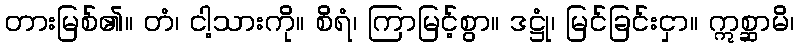
တားမြစ်၏။ တံ၊ ငါ့သားကို။ စိရံ၊ ကြာမြင့်စွာ။ ဒဋ္ဌုံ၊ မြင်ခြင်းငှာ။ ဣစ္ဆာမိ၊